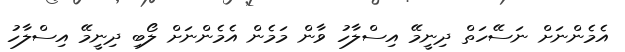
އެމެންނަށް ނަސޭހަތް ދިނީމޭ އިސްލާހު ވާން މަމެން އެމެންނަށް ލޯބި ދިނީމޭ އިސްލާހު